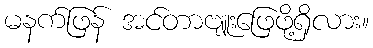
မနက်ဖြန် အင်တာဗျူးဖြေဖို့ရှိလား။